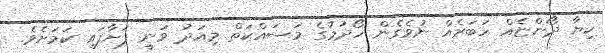
ކިޔާ ދޯންޏެއް ހަބަރެއް ނުވެގެން ހޯދުމުގެ މަސައްކަތް މިއަދު ވަނީ ފަށާފައި ކަމަށެވެ.